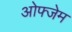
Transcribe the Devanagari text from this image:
ओफ्जेम